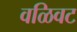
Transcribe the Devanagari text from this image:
वळिवट